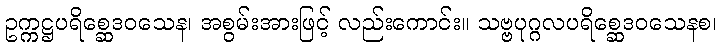
ဥက္ကဋ္ဌပရိစ္ဆေဒဝသေန၊ အစွမ်းအားဖြင့် လည်းကောင်း။ သဗ္ဗပုဂ္ဂလပရိစ္ဆေဒဝသေနစ၊